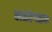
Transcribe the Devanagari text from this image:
मनोगठन